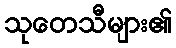
သုတေသီများ၏